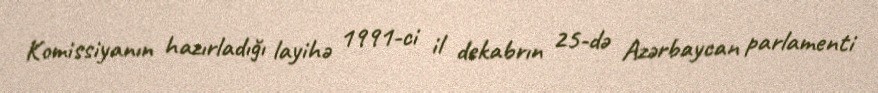
Komissiyanın hazırladığı layihə 1991-ci il dekabrın 25-də Azərbaycan parlamenti